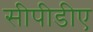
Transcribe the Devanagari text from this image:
सीपीडीए